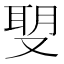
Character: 𠭪